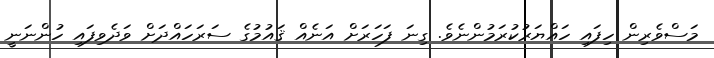
މަސްވެރިން ހިފައި ހައްޔަރުކުރަމުންނެވެ. ގިނަ ފަހަރަށް އަނެއް ޤައުމުގެ ސަރަހައްދަށް ވަދެވިފައި ހުންނަނީ